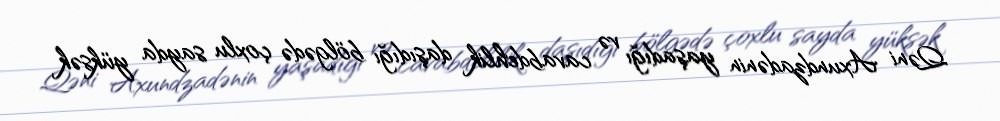
Qəni Axundzadənin yaşadığı və cavabdehlik daşıdığı bölgədə çoxlu sayda yüksək